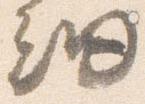
細